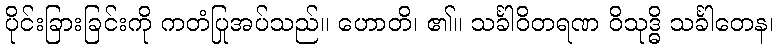
ပိုင်းခြားခြင်းကို ကတံပြုအပ်သည်။ ဟောတိ၊ ၏။ သင်္ခါဝိတရဏ ဝိသုဒ္ဓိ သင်္ခါတေန၊